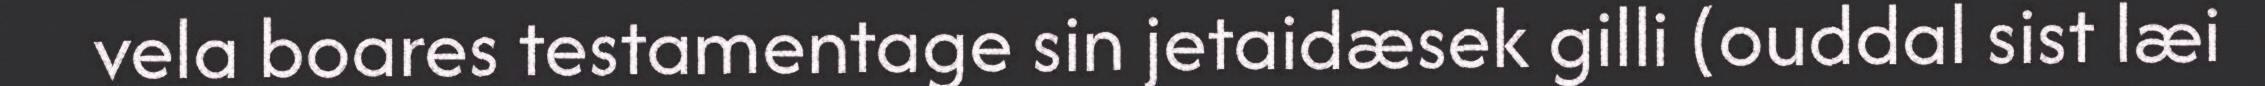
vela boares testamentage sin jetaidæsek gilli (ouddal sist læi